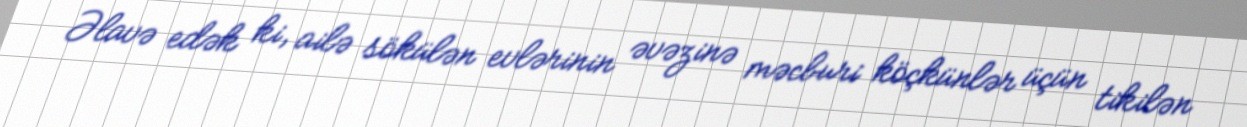
Əlavə edək ki, ailə sökülən evlərinin əvəzinə məcburi köçkünlər üçün tikilən